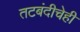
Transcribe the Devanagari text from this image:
तटबंदीचेही